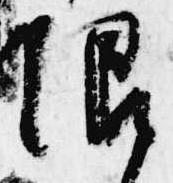
限